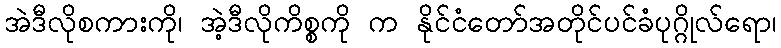
အဲဒီလိုစကားကို၊ အဲ့ဒီလိုကိစ္စကို က နိုင်ငံတော်အတိုင်ပင်ခံပုဂ္ဂိုလ်ရော၊